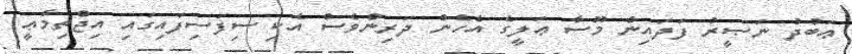
ޢަބުދު ނަޞީރު ފަދައިން މޫސާ ޢަލީގެ އެހެން ދަރިންވެސް އެކި ސިފަސިފައިގައި އިޖްތިމާޢީ